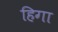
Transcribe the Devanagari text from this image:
हिगा